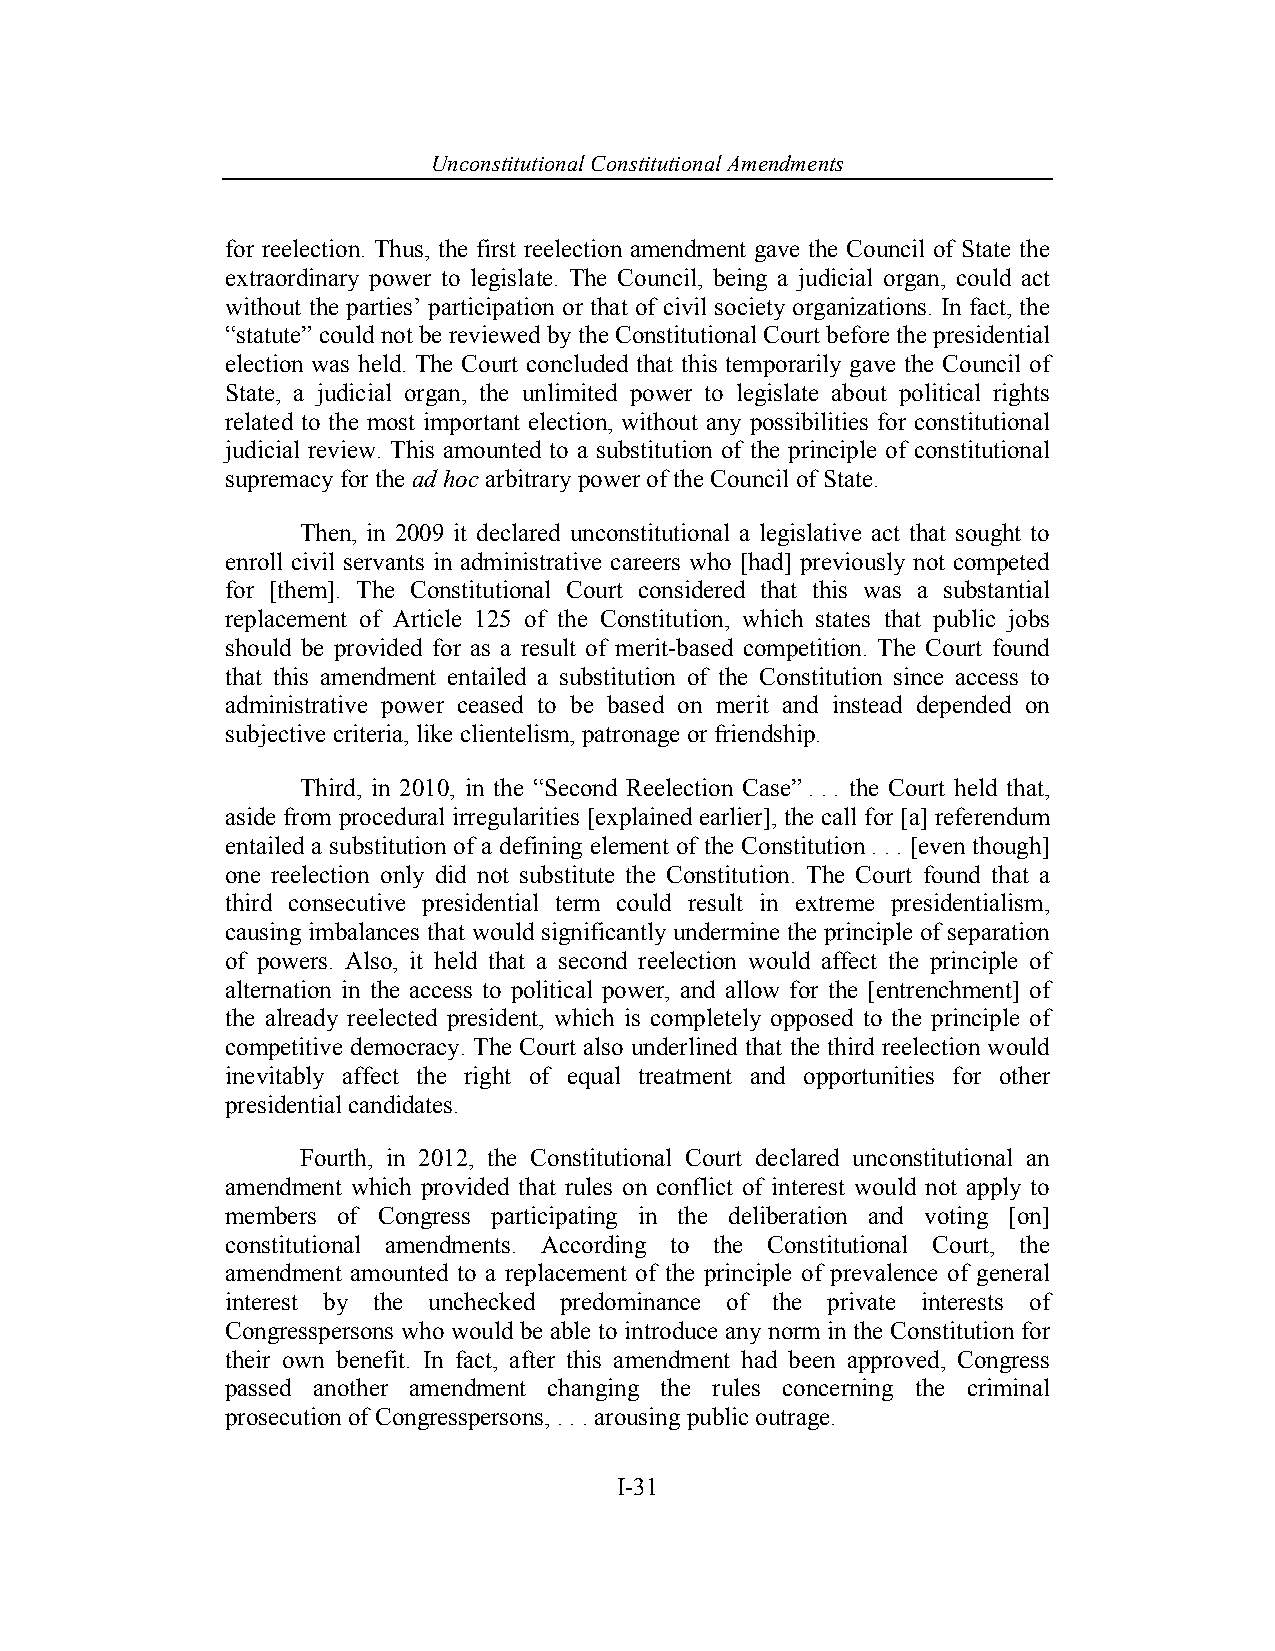
Unconstitutional Con stitutional Amendments
 for reelection. Thus, the first reelection amendment gave the Council of State the
 extraordinary power to legislate. The Council, being a judicial organ, could act
 without the parties’ participation or that of civil society organizations. In fact, the
 “statute” could not be reviewed by the Constitutional Court before the presidential
 election was held. The Court concluded that this temporarily gave the Council of
 State, a judicial organ, the unlimited power to legislate about political rights
 related to the most important election, without any possibilities for constitutional
 judicial review. This amounted to a substitution of the principle of constitutional
 supremacy for the ad hoc arbitrary power of the Council of State.
 Then, in 2009 it declared unconstitutional a legislative act that sought to
 enroll civil servants in administrative careers who [had] previously not competed
 for [them]. The Constitutional Court considered that this was a substantial
 replacement of Article 125 of the Constitution, which states that public jobs
 should be provided for as a result of merit-based competition. The Court found
 that this amendment entailed a substitution of the Constitution since access to
 administrative power ceased to be based on merit and instead depended on
 subjective criteria, like clientelism, patronage or friendship.
 Third, in 2010, in the “Second Reelection Case” . . . the Court held that,
 aside from procedural irregularities [explained earlier], the call for [a] referendum
 entailed a substitution of a defining element of the Constitution . . . [even though]
 one reelection only did not substitute the Constitution. The Court found that a
 third consecutive presidential term could result in extreme presidentialism,
 causing imbalances that would significantly undermine the principle of separation
 of powers. Also, it held that a second reelection would affect the principle of
 alternation in the access to political power, and allow for the [entrenchment] of
 the already reelected president, which is completely opposed to the principle of
 competitive democracy. The Court also underlined that the third reelection would
 inevitably affect the right of equal treatment and opportunities for other
 presidential candidates.
 Fourth, in 2012, the Constitutional Court declared unconstitutional an
 amendment which provided that rules on conflict of interest would not apply to
 members of Congress participating in the deliberation and voting [on]
 constitutional amendments. According to the Constitutional Court, the
 amendment amounted to a replacement of the principle of prevalence of general
 interest by the unchecked predominance of the private interests of
 Congresspersons who would be able to introduce any norm in the Constitution for
 their own benefit. In fact, after this amendment had been approved, Congress
 passed another amendment changing the rules concerning the criminal
 prosecution of Congresspersons, . . . arousing public outrage.
 I-31